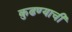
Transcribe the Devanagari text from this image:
कुढण्याची